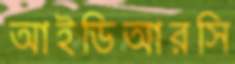
আইডিআরসি